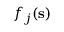
f _ { j } ( { \bf s } )